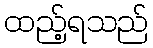
ထည့်ရသည်